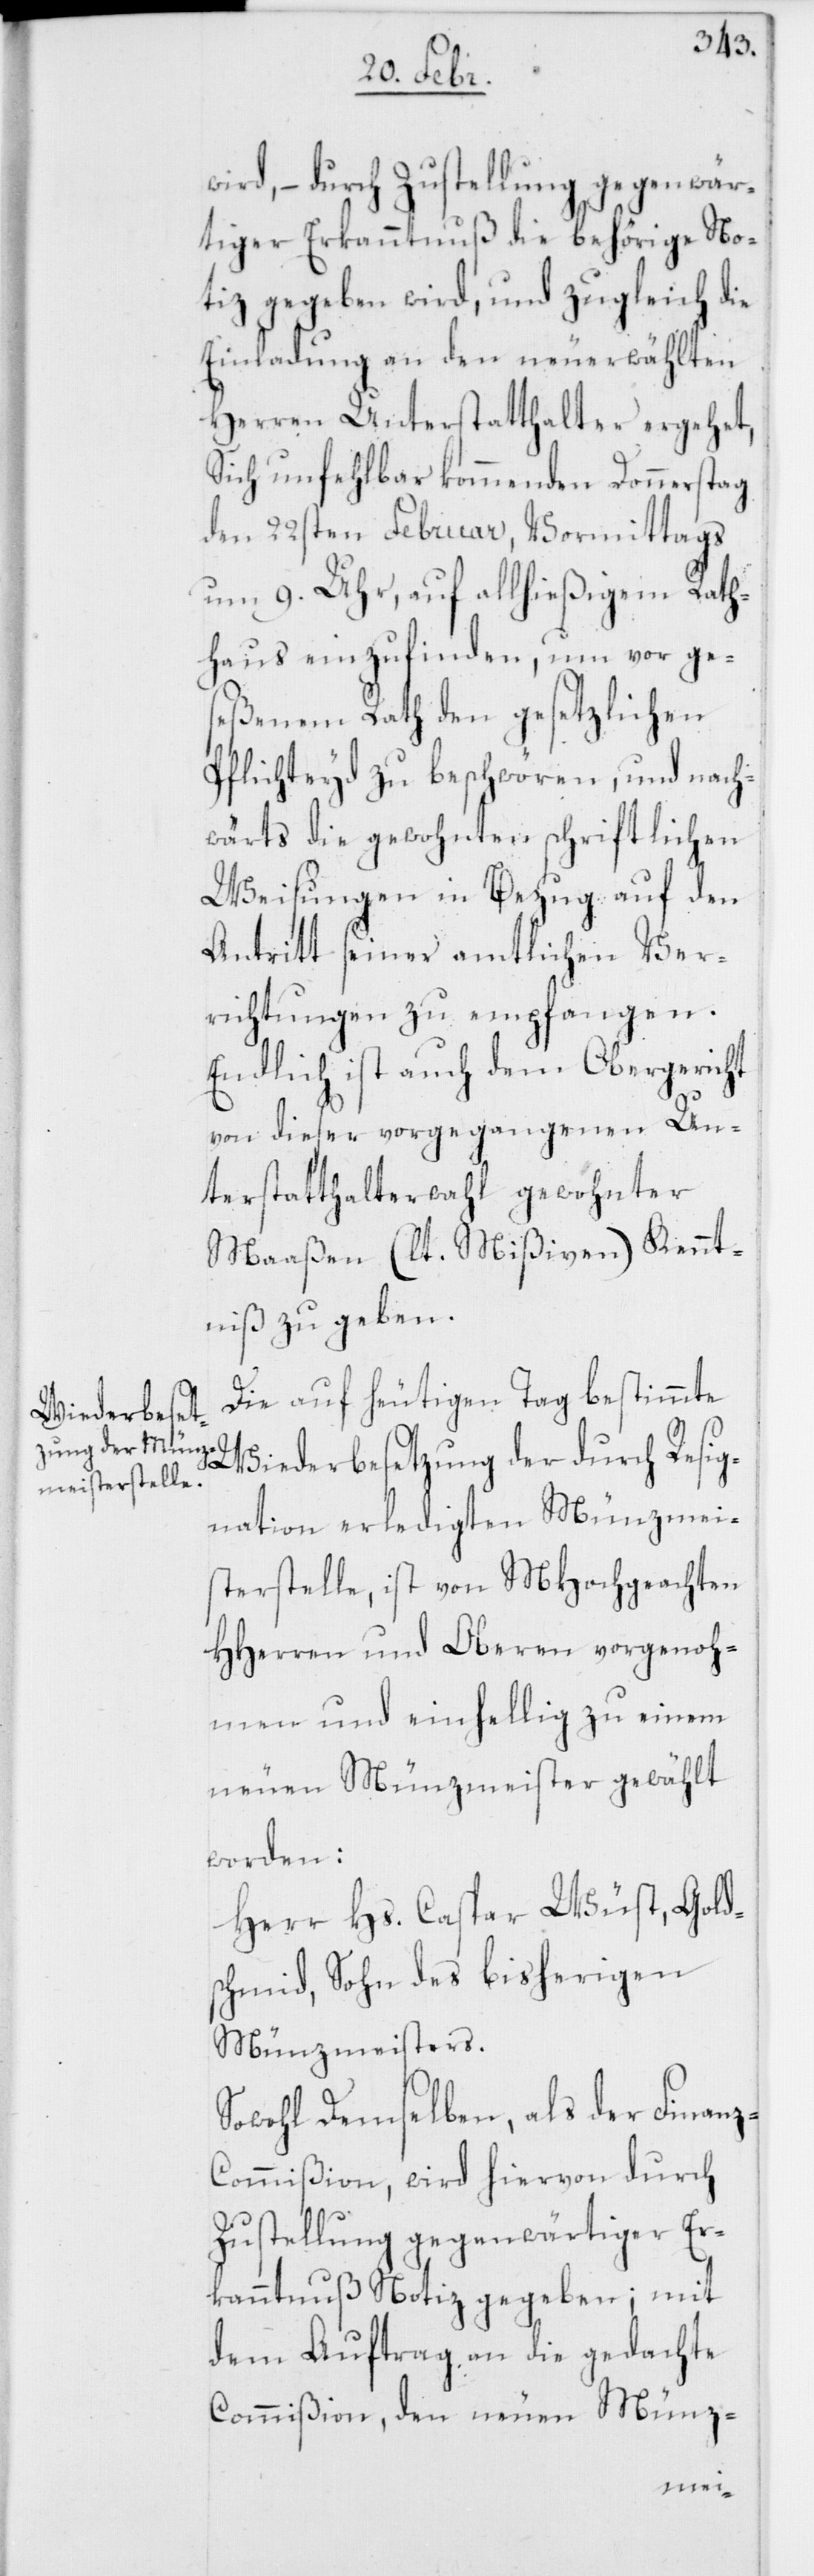
wird, – durch Zustellung gegenwär¬
tiger Erkanntnuß die behörige No¬
tiz gegeben wird, und zugleich die
Einladung an den neuerwählten
Herren Unterstatthalter ergehet,
sich unfehlbar kommenden Donnerstag
den 22sten Februar, Vormittags
um 9. Uhr, auf allhießigem Rath¬
haus einzufinden, um vor ge¬
seßenem Rath den gesetzlichen
Pflichteyd zu beschwören, und nach¬
wärts die gewohnten schriftlichen
Weisungen in Bezug auf den
Antritt seiner amtlichen Ver¬
richtungen zu empfangen.
Endlich ist auch dem Obergericht
von dieser vorgegangenen Un¬
terstatthalterwahl gewohnter
Maaßen (lt. Mißiven) Kennt¬
niß zu geben.
Die auf heutigen Tag bestimmte
Wiederbesetzung der durch Resig¬
nation erledigten Münzmei¬
sterstelle, ist von MHochgeachten
HHerren und Oberen vorgenoh¬
men und einhellig zu einem
neuen Münzmeister gewählt
worden:
Herr Hs. Caspar Wüst, Gold¬
schmid, Sohn des bisherigen
Münzmeisters.
Sowohl Demselben, als der Finan¬
z-Commißion, wird hiervon durch
Zustellung gegenwärtiger Er¬
kanntnuß Notiz gegeben; mit
dem Auftrag an die gedachte
Commißion, den neuen Münz-